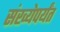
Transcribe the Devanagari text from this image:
संख्येपर्यंत